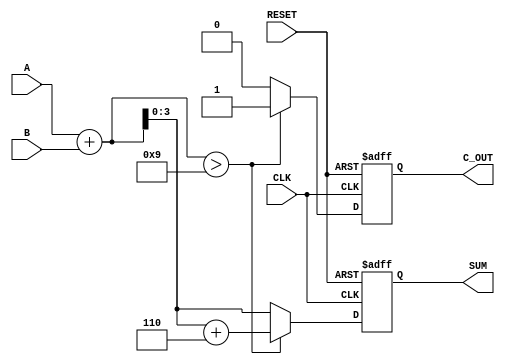
module BCD_Redundant_Binary_Adder (
    input wire [3:0] A,         // BCD Input A
    input wire [3:0] B,         // BCD Input B
    output reg [3:0] SUM,       // BCD Output Sum
    output reg C_OUT,           // Carry Out
    input wire CLK,             // Clock Input
    input wire RESET            // Reset Input
);

    reg [4:0] full_add;        // Intermediate sum with carry (5 bits to hold sum + carry)

    always @(posedge CLK or posedge RESET) begin
        if (RESET) begin
            SUM <= 4'b0000;     // Reset output sum to 0
            C_OUT <= 1'b0;      // Reset carry out to 0
        end else begin
            // Step 1: Add the two inputs
            full_add = A + B;    // Add the two BCD inputs

            // Step 2: Check for BCD correction (if the sum exceeds 9)
            if (full_add > 4'b1001) begin
                full_add = full_add + 5'b00110; // Add 6 to adjust for BCD overflow
                C_OUT = 1'b1;                   // Set carry out
            end else begin
                C_OUT = 1'b0;                   // No carry out
            end

            // Step 3: Assign the corrected sum to the output
            SUM <= full_add[3:0];  // Only take the lower 4 bits as output
        end
    end

endmodule